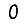
Digit: 0